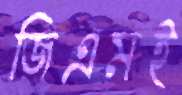
জিএমই